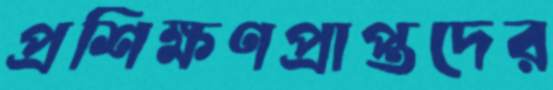
প্রশিক্ষণপ্রাপ্তদের